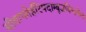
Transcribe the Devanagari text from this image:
सीतापतेर्हरिपदाम्बुजचिन्तकेन।